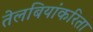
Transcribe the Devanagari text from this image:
तेलबियांकरिता